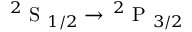
^ 2 \mathrm { ~ S ~ } _ { 1 / 2 } \rightarrow \, ^ { 2 } \mathrm { ~ P ~ } _ { 3 / 2 }